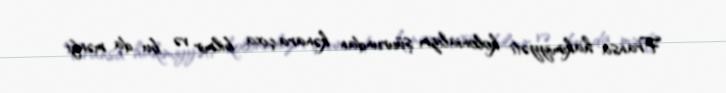
Fransa hakimiyyəti kolonializm şüurundan kənara çıxa bilmir və bu da mənfi